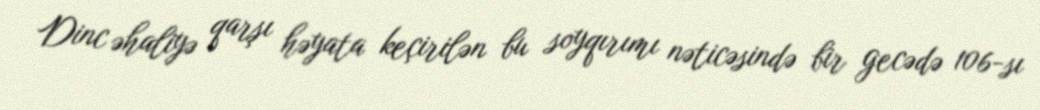
Dinc əhaliyə qarşı həyata keçirilən bu soyqırımı nəticəsində bir gecədə 106-sı